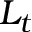
L _ { t }